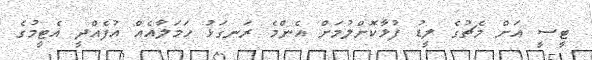
ޓީސީ އަށް މެޗުގެ ލީޑު ފުޅާކޮށްލުމަށް އެންމެ ރަނގަޅު ހަމަލާއެއް އުފެއްދީ އެޓީމުގެ